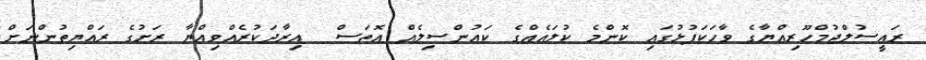
ރައީސުލްޖުމްހޫރިއްޔާގެ ވާހަކަފުޅުގައި ކޮންމެ ކުލައެއްގެ ކައުންސިލެއް އޮތަސް  އިރާދަކުރެއްވިއްޔާ ރަށުގެ ރައްޔިތުންނަށް